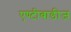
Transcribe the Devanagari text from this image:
एण्टीबाडीज